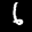
Label: 6